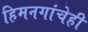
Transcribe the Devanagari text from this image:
हिमनगांचेही